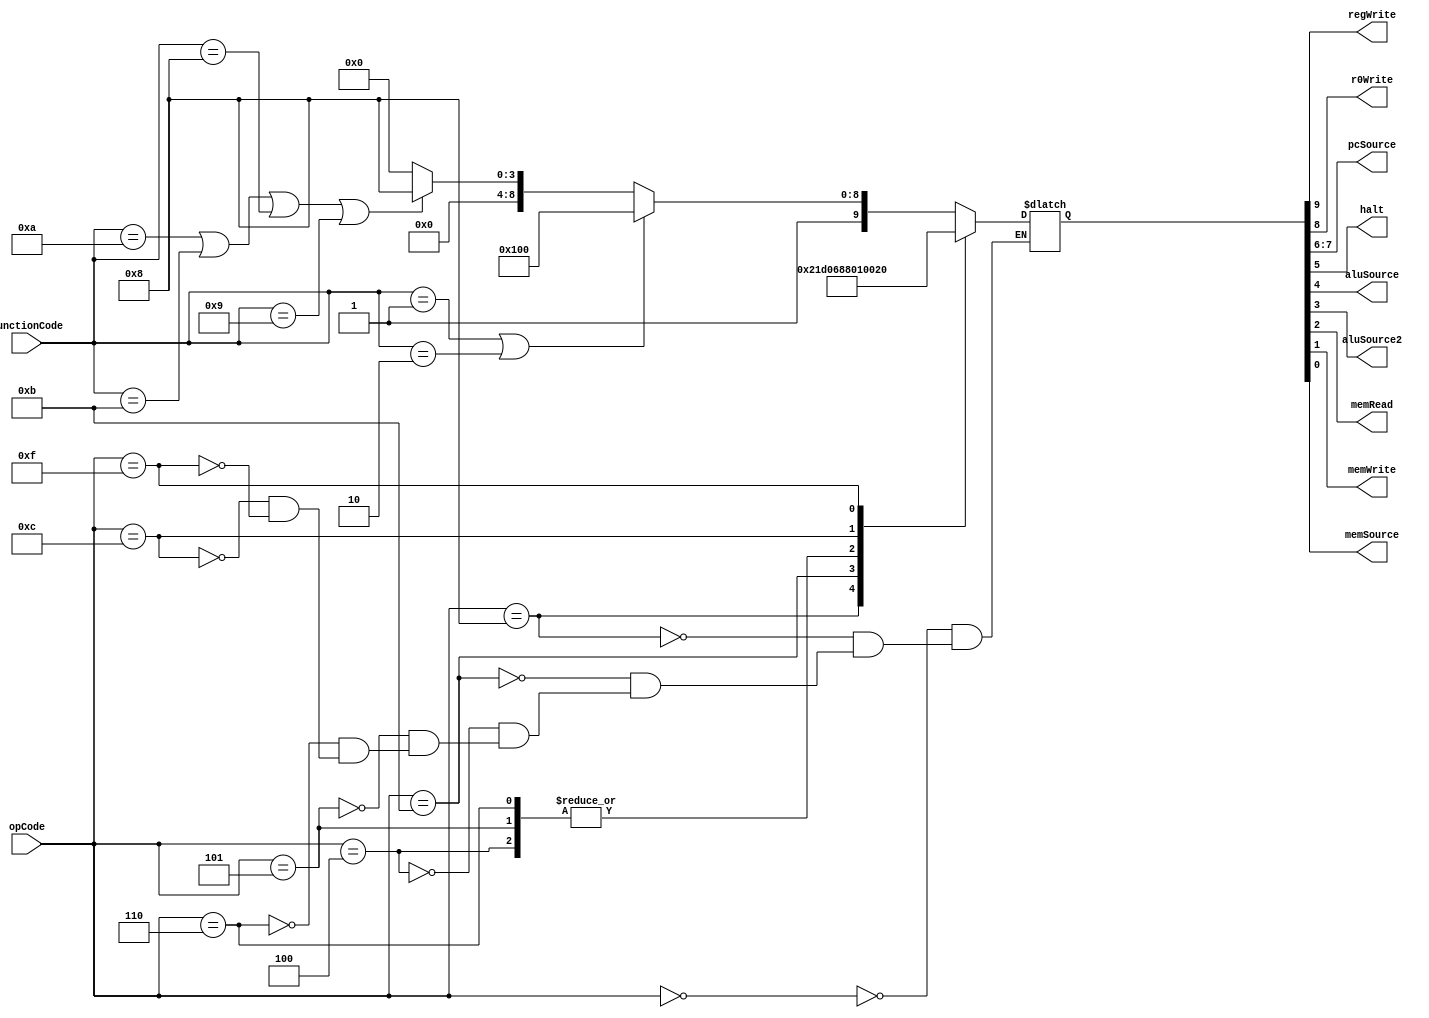
module control(opCode,functionCode,regWrite,r0Write,pcSource,halt,aluSource,aluSource2,memRead,memWrite,memSource);
	input[3:0] opCode,functionCode;
	output regWrite,r0Write,halt,aluSource,aluSource2,memRead,memWrite,memSource;
	output[1:0] pcSource;
	reg[9:0] signals;
	
	always@(*)begin
		case(opCode)
			4'b0000: begin
				if(functionCode == 4'b0001 || functionCode == 4'b0010) begin
					signals=10'b1100000000; //Signed multiplication or signed division
				end else if (functionCode == 4'b1010 || functionCode == 4'b1011 || functionCode == 4'b1000 || functionCode == 4'b1001) begin
					signals=10'b1000001000;
				end else begin
					signals=10'b1000000000; //R type operation
				end
			end
			4'b1000: signals=10'b1000011101; //Load
			4'b1011: signals=10'b0000011010; //Store
			4'b0100: signals=10'b0010000000; //Branch less than
			4'b0101: signals=10'b0010000000; //Branch greater than
			4'b0110: signals=10'b0010000000; //Branch on equal
			4'b1100: signals=10'b0001000000; //Jump
			4'b1111: signals=10'b0000100000; //Halt
		endcase
	end
	
	assign regWrite = signals[9];
	assign r0Write = signals[8];
	assign pcSource = signals[7:6];
	assign halt = signals[5];
	assign aluSource = signals[4];
	assign aluSource2 = signals[3];
	assign memRead = signals[2];
	assign memWrite = signals[1];
	assign memSource = signals[0];
	
endmodule